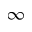
\infty